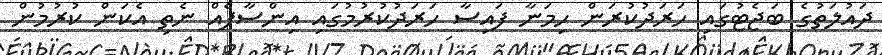
ދައުލަތުގެ ބަޖެޓުގައި ހަރަދުކުރަން ހިމަނާ ފައިސާ ހަރަދުކުރުމުގައި އިންސާފެއް ނެތި އެކަން ކުރުމުން